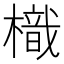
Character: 樴